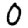
Digit: 0